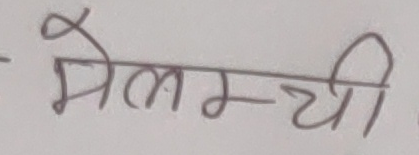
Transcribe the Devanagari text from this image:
भेलम्ची